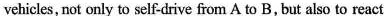
vehicles, not only to self-drive from A to B,but also to react